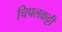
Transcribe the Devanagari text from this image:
चिपलकट्टी